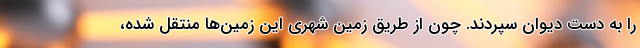
را به دست دیوان سپردند. چون از طریق زمین شهری این زمین‌ها منتقل شده،